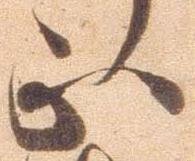
正